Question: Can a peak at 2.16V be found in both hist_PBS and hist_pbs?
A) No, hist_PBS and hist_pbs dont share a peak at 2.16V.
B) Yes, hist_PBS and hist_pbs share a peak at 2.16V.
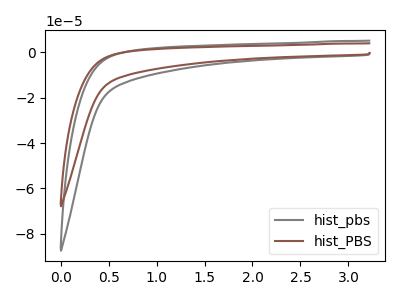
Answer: <think>The gray curve "hist_pbs" has no peaks. The brown curve "hist_PBS" has no peaks.</think>
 <answer>A) No, "hist_PBS" and "hist_pbs" dont share a peak at 2.16V.</answer>
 <eval>A</eval>